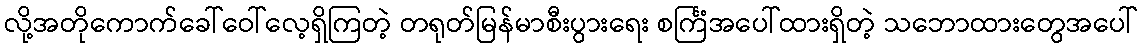
လို့အတိုကောက်ခေါ်ဝေါ်လေ့ရှိကြတဲ့ တရုတ်မြန်မာစီးပွားရေး စင်္ကြံအပေါ်ထားရှိတဲ့ သဘောထားတွေအပေါ်